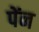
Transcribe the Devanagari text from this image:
पेंन